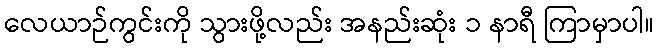
လေယာဉ်ကွင်းကို သွားဖို့လည်း အနည်းဆုံး ၁ နာရီ ကြာမှာပါ။